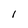
Character: 1